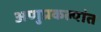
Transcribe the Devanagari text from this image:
अणुप्रकल्पांत